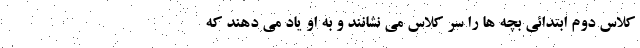
کلاس دوم ابتدائی بچه ها را سر کلاس می نشانند و به او یاد می دهند که